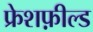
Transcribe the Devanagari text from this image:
फ्रेशफ़ील्ड